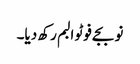
نو بجے فوٹو البم رکھ دیا۔